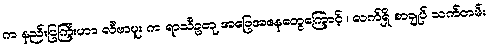
က နည်းပြကြီးဟာ လီဗာပူး က ရာသီဥတု အခြေအနေတွေကြောင့် ၊ လက်ရှိ စာချုပ် သက်တမ်း